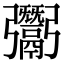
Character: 𩱠